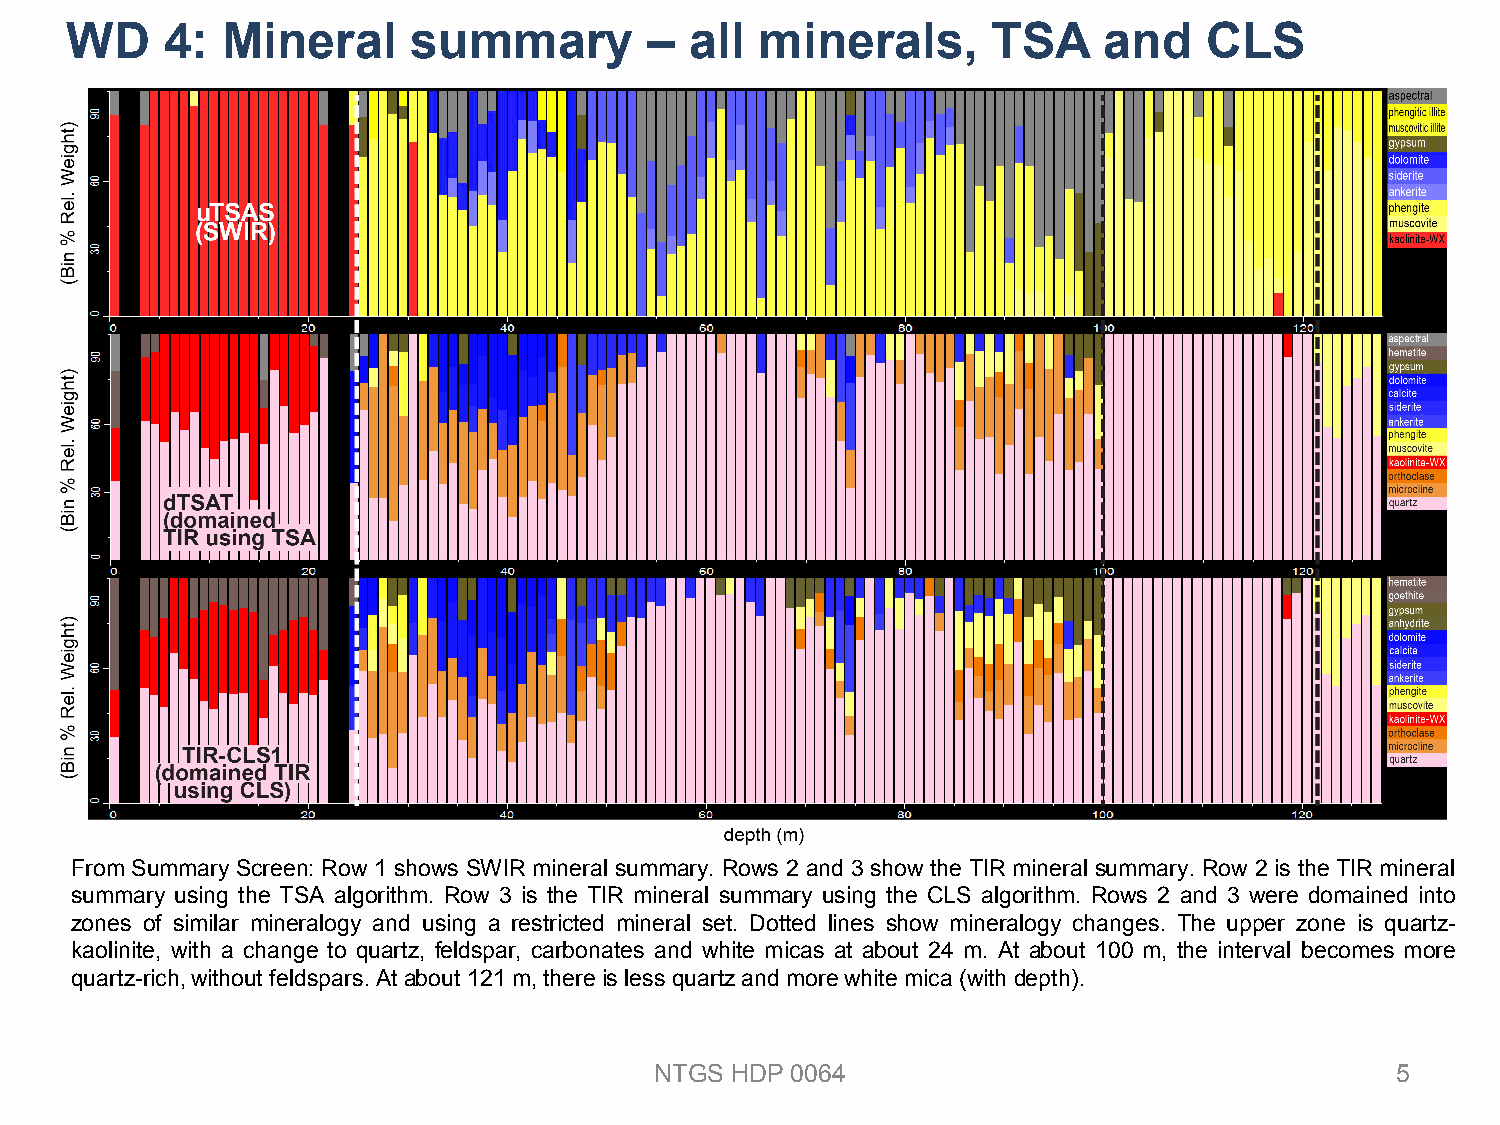
WD     4:  Mineral     summary         –  all minerals,       TSA    and    CLS
 From Summary Screen: Row 1 shows SWIR mineral summary. Rows 2 and 3 show the TIR mineral summary. Row 2 is the TIR mineral
 summary using the TSA algorithm. Row 3 is the TIR mineral summary using the CLS algorithm. Rows 2 and 3 were domained into
 zones of similar mineralogy and using a restricted mineral set. Dotted lines show mineralogy changes. The upper zone is quartz-
 kaolinite, with a change to quartz, feldspar, carbonates and white micas at about 24 m. At about 100 m, the interval becomes more
 quartz-rich,without feldspars.Atabout121 m,thereis lessquartzandmorewhite mica(with depth).
 NTGS HDP 0064                                    5